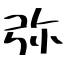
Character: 弥